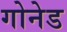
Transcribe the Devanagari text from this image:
गोनेड